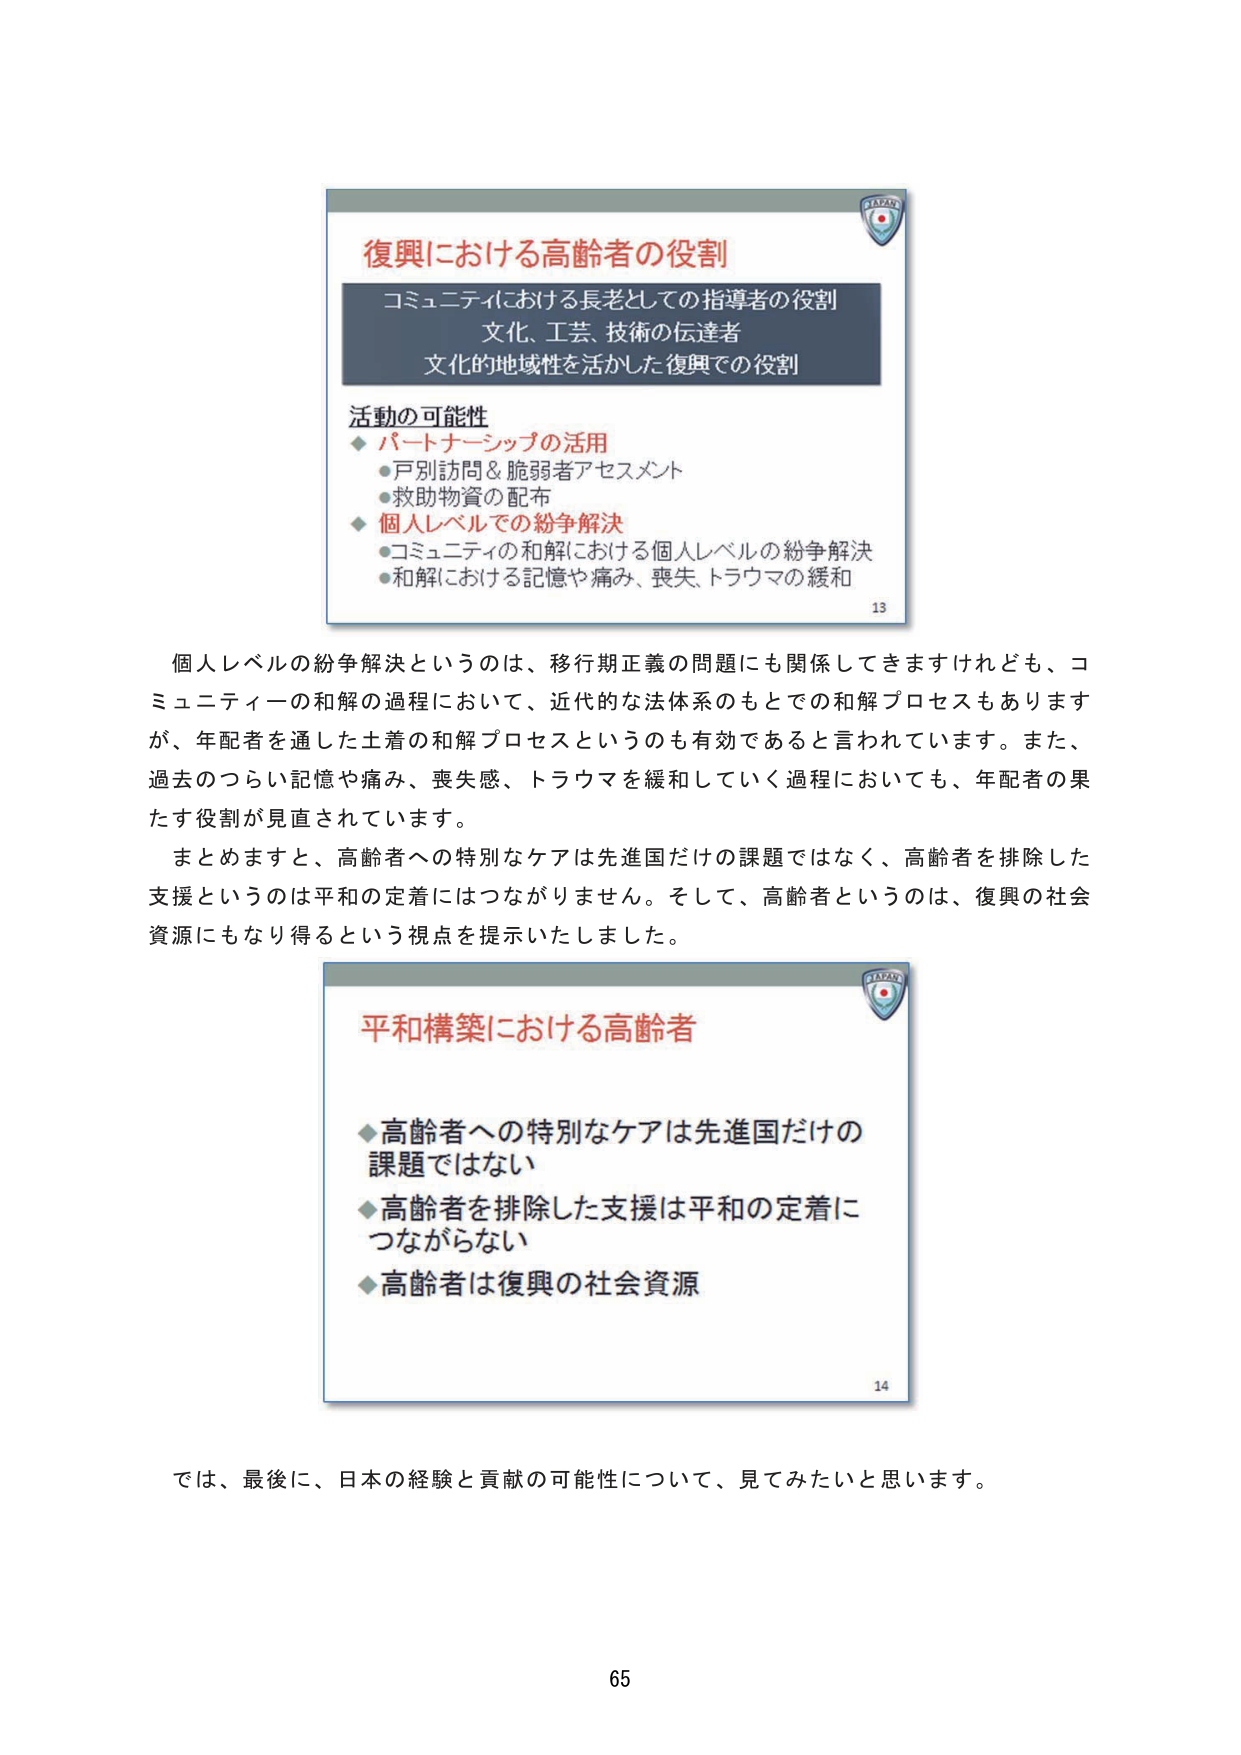
復興における高齢者の役割
コミュニティにおける長老としての指導者の役割
文化、工芸、技術の伝達者
文化的地域性を活かした復興での役割

活動の可能性
◆ パートナーシップの活用
・戸別訪問＆脆弱者アセスメント
・救助物資の配布
◆ 個人レベルでの紛争解決
・コミュニティの和解における個人レベルの紛争解決
・和解における記憶や痛み、喪失、トラウマの緩和

13

個人レベルの紛争解決というのは、移行期正義の問題にも関係してきますけれども、コミュニティの和解の過程において、近代的な法体系のもとでの和解プロセスもありますが、年配者を通した土着の和解プロセスというのも有効であると言われています。また、過去のつらい記憶や痛み、喪失感、トラウマを緩和していく過程においても、年配者の果たす役割が見直されています。
まとめますと、高齢者への特別なケアは先進国だけの課題ではなく、高齢者を排除した支援というのは平和の定着にはつながりません。そして、高齢者というのは、復興の社会資源にもなり得るという視点を提示いたしました。

平和構築における高齢者
◆ 高齢者への特別なケアは先進国だけの課題ではない
◆ 高齢者を排除した支援は平和の定着につながらない
◆ 高齢者は復興の社会資源

14

では、最後に、日本の経験と貢献の可能性について、見てみたいと思います。

65